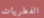
الفطريات